Civil Veterinary Dept. North-West Frontier Province 1901-22 - 1901-1922
Year: 1901
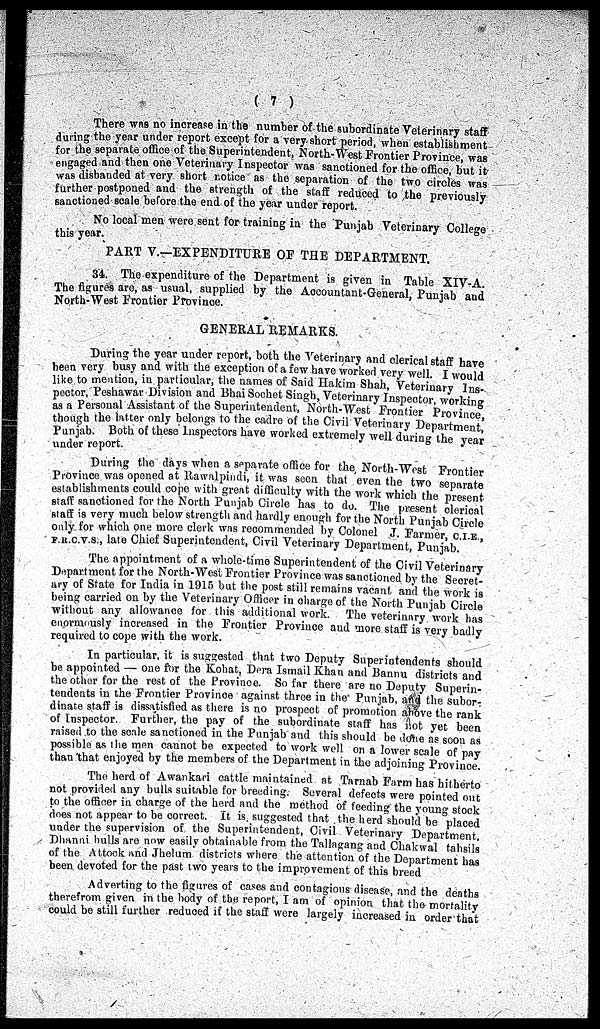
(7)
There was no increase in the number of the subordinate Veterinary staff
during the year under report except for a very short period, when establishment
for the separate office of the Superintendent, North-West Frontier Province, was
engaged and then one Veterinary Inspector was sanctioned for the office, but it
was disbanded at very short notice as the separation of the two circles was
further postponed and the strength of the staff reduced to the previously
sanctioned scale before the end of the year under report.
No local men were sent for training in the Punjab Veterinary College
this year.
PART V.—EXPENDITURE OF THE DEPARTMENT.
34. The expenditure of the Department is given in Table XIV-A.
The figures are, as usual, supplied by the Accountant-General, Punjab and
North-West Frontier Province.
GENERAL REMARKS.
During the year under report, both the Veterinary and clerical staff have
been very busy and with the exception of a few have worked very well. I would
like to mention, in particular, the names of Said Hakim Shah, Veterinary Ins-
pector, Peshawar Division and Bhai Sochet Singh, Veterinary Inspector, working
as a Personal Assistant of the Superintendent, North-West Frontier Province,
though the latter only belongs to the cadre of the Civil Veterinary Department,
Punjab. Both of these inspectors have worked extremely well during the year
under report.
During the days when a separate office for the North-West Frontier
Province was opened at Rawalpindi, it was seen that even the two separate
establishments could cope with great difficulty with the work which the present
staff sanctioned for the North Punjab Circle has to do. The present clerical
staff is very much below strength and hardly enough for the North Punjab Circle
only for which one more clerk was recommended by Colonel J. Farmer, C.I.E ,
F.R.C.V.S., late Chief Superintendent, Civil Veterinary Department, Punjab.
The appointment of a whole-time Superintendent of the Civil Veterinary
Department for the North-West Frontier Province was sanctioned by the Secret-
ary of State for India in 1915 but the post still remains vacant and the work is
being carried on by the Veterinary Officer in charge of the North Punjab Circle
without any allowance for this additional work.
The veterinary work has
enormously increased in the Frontier Province and more staff is very badly
required to cope with the work.
In particular, it is suggested that two Deputy Superintendents should
be appointed — one for the Kohat, Dera Ismail Khan and Bannu districts and
the other for the rest of the Province. So far there are no Deputy Superin-
tendents in the Frontier Province against three in the Punjab, and the subor-
dinate staff is dissatisfied as there is no prospect of promotion above the rank
of inspector. Further, the pay of the subordinate staff has not yet been
raised to the scale sanctioned in the Punjab and this should be done as soon as
possible as the men cannot be expected to work well on a lower scale of pay
than that enjoyed by the members of the Department in the adjoining Province.
The herd of Awankari cattle maintained at Tarnab Farm has hitherto
not provided any bulls suitable for breeding. Several defects were pointed out
to the officer in charge of the herd and the method of feeding the young stock
does not appear to be correct. It is suggested that the herd should be placed
under the supervision of the Superintendent, Civil Veterinary Department.
Dhanni bulls are now easily obtainable from the Tallagang and Chakwal tahsils
of the Attock and Jhelum districts where the attention of the Department has
been devoted for the past two years to the improvement of this breed
Adverting to the figures of cases and contagious disease, and the deaths
therefrom given in the body of the report, I am of opinion that the mortality
could be still further reduced if the staff were largely increased in order that